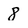
Character: 8